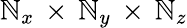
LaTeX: \mathbb{N}_{x}\, \times\, \mathbb{N}_{y}\, \times\, \mathbb{N}_{z}